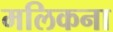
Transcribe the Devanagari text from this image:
मलिकना